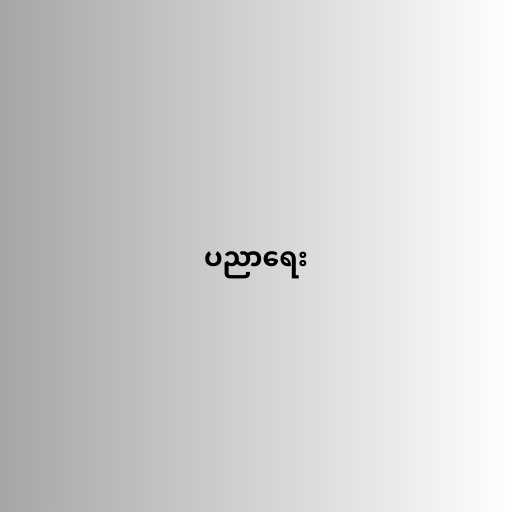
ပညာရေး